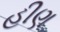
હીણ